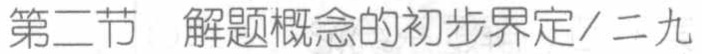
第二节 解题概念的初步界定/二九